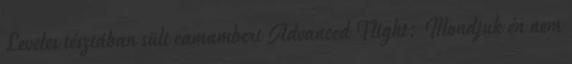
Leveles tésztában sült camambert Advanced Flight: Mondjuk én nem